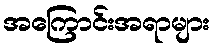
အကြောင်းအရာများ